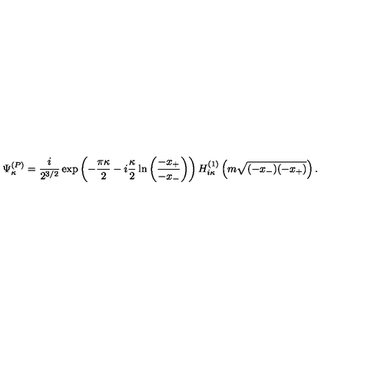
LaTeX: \Psi _ { \kappa } ^ { ( P ) } = \frac { i } { 2 ^ { 3 / 2 } } \exp \left( - \frac { \pi \kappa } 2 - i \frac { \kappa } 2 \ln \left( \frac { - x _ { + } } { - x _ { - } } \right) \right) H _ { i \kappa } ^ { ( 1 ) } \left( m \sqrt { ( - x _ { - } ) ( - x _ { + } ) } \right) .